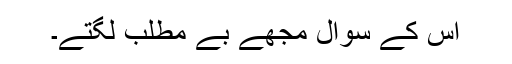
اس کے سوال مجھے بے مطلب لگتے۔